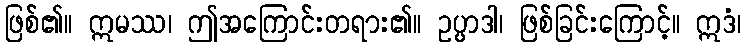
ဖြစ်၏။ ဣမဿ၊ ဤအကြောင်းတရား၏။ ဥပ္ပာဒါ၊ ဖြစ်ခြင်းကြောင့်။ ဣဒံ၊